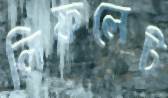
লিফলেট